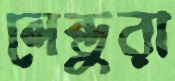
লেন্ডুরা